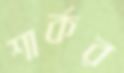
শার্কর